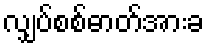
လျှပ်စစ်ဓာတ်အားခ